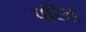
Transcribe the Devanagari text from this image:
परिसु